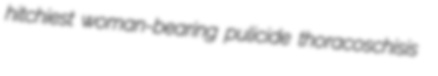
hitchiest woman-bearing pulicide thoracoschisis